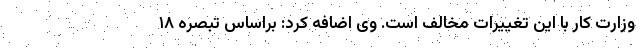
وزارت کار با این تغییرات مخالف است. وی اضافه کرد: براساس تبصره ۱۸